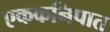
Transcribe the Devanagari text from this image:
एककनिपात